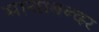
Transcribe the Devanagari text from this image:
मायाबन्दर